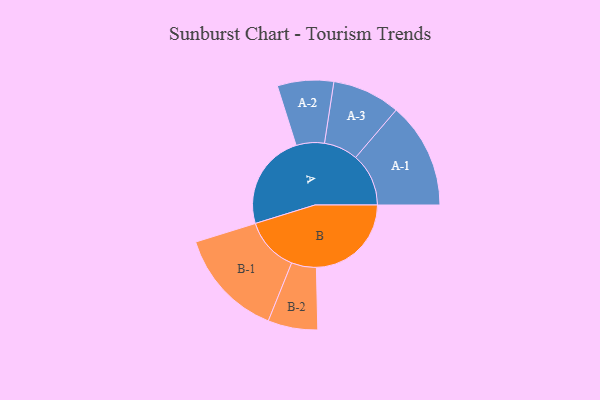
{"axis": {"x": "Segment", "y": "Value"}, "legend": ["", "A", "B"], "data": [{"x": "A", "y": 471, "type": ""}, {"x": "B", "y": 466, "type": ""}, {"x": "A-1", "y": 260, "type": "A"}, {"x": "A-2", "y": 138, "type": "A"}, {"x": "A-3", "y": 167, "type": "A"}, {"x": "B-1", "y": 267, "type": "B"}, {"x": "B-2", "y": 122, "type": "B"}]}